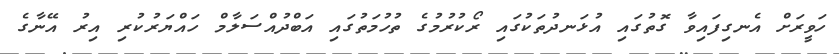
ހަވީރަށް އެނގިފައިވާ ގޮތުގައި އުޅަނދުތަކުގައި ރޯކުރުމުގެ ތުހުމަތުގައި އަބްދުއްސަލާމް ހައްޔަރުކުރި އިރު އޭނާގެ